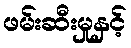
ဖမ်းဆီးမှုနှင့်